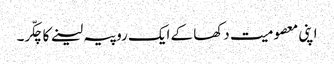
اپنی معصومیت دکھا کے ایک روپیہ لینے کا چکّر۔